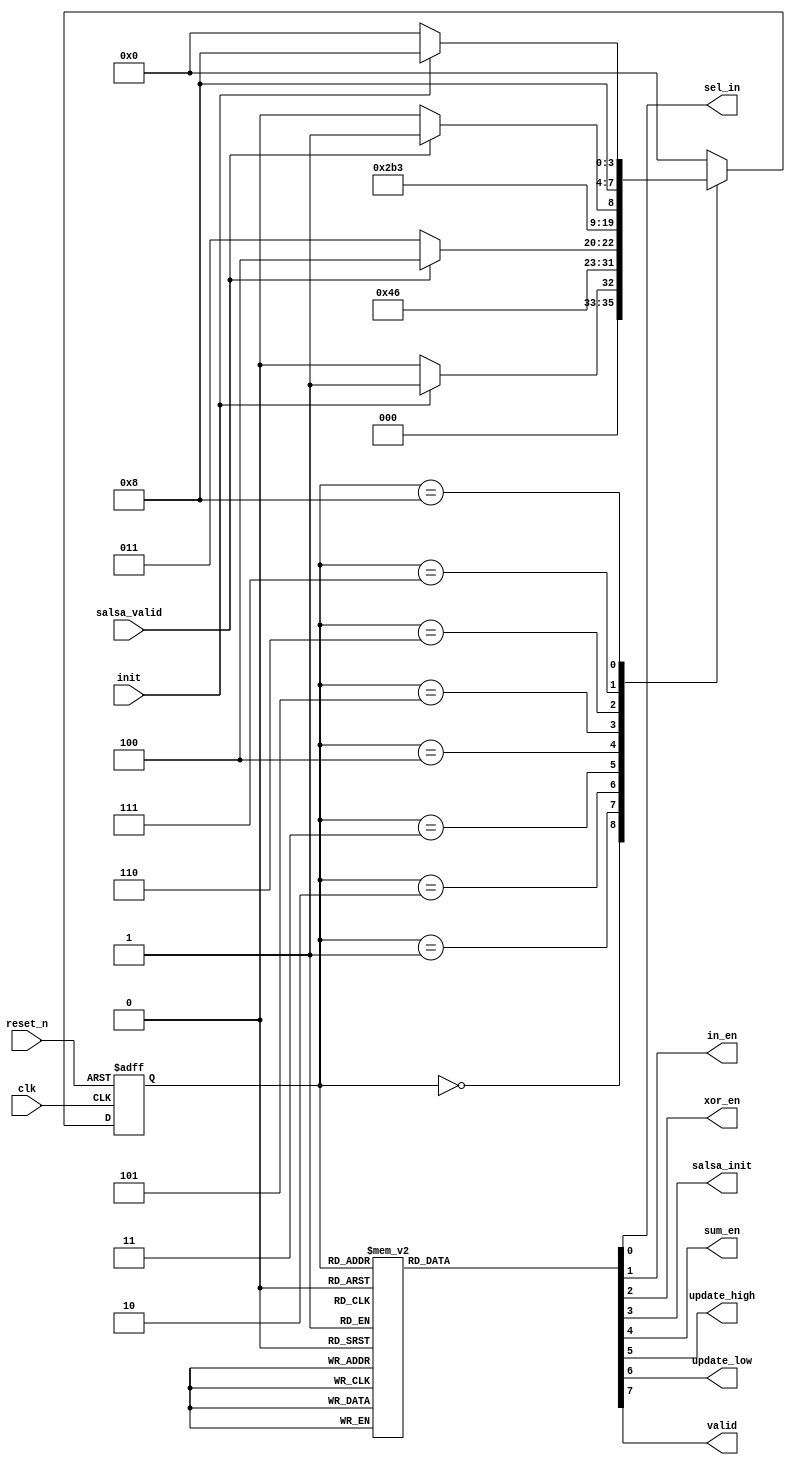
// Blockmix Controller
module blockmix_ct (
		input 	wire	clk			,	// clock signal
		input	wire	init		,   // start signal
		input	wire	reset_n		,   // reset negative signal
		input	wire	salsa_valid	, 	// salsa have output
		output 	wire	sel_in		, 	// select input for salsa 20/8 block
		output 	wire	in_en		, 	// allow to save input data
		output 	wire	xor_en		, 	// allow to calculate xor for the first loop
		output 	wire	salsa_init	, 	// allow running salsa 20/8 block block
		output 	wire	sum_en		, 	// allow to calculate sum for the first loop
		output	wire	update_high	, 	// allow to update high-bit output
		output	wire	update_low	, 	// allow to update low-bit output
		output 	wire	valid		 	// block mix have result
);

// Parameters encoded state

	parameter S0_IDLE 		= 	4'd0;
	parameter S1_GET_IN 	= 	4'd1;
	parameter S2_XOR_0 		= 	4'd2;
	parameter S3_SALSA_0 	= 	4'd3;
	parameter S4_SUM_0 		= 	4'd4;
	parameter S5_XOR_1 		= 	4'd5;
	parameter S6_SALSA_1 	= 	4'd6;
	parameter S7_SUM_1 		= 	4'd7;
	parameter S8_DONE 		= 	4'd8;

// Registers, wires, and assignment for current states management

// Registers
	reg		[3:0]	blockmix_state_reg;
	
// Wires
	wire 	[3:0]	blockmix_state_wire;

// Assignments

	assign 	blockmix_state_wire = blockmix_state_reg;
	
// Registers and wires for next states management

// Registers
	reg		[3:0]	blockmix_next_state_reg;
	
// Wires
	wire 	[3:0]	blockmix_next_state_wire;

// Assignment

	assign 	blockmix_next_state_wire = blockmix_next_state_reg;
	
// Registers and assignments for control signals

// Registers
	reg				sel_in_reg		;
	reg				in_en_reg		;
	reg				xor_en_reg		;
	reg				salsa_init_reg	;
	reg				sum_en_reg		;
	reg				update_high_reg	;
	reg				update_low_reg	;
	reg				valid_reg		;
	
// Assignments

	assign sel_in		= 	sel_in_reg		;
	assign in_en 		= 	in_en_reg		;
	assign xor_en 		= 	xor_en_reg		;
	assign salsa_init 	= 	salsa_init_reg	;
	assign sum_en 		= 	sum_en_reg		;
	assign update_high	=	update_high_reg	;
	assign update_low	=	update_low_reg	;
	assign valid	 	= 	valid_reg		;
	
// Always block for fsms
//flipflop update state
	always @(posedge clk or negedge reset_n)begin: update_state
		if(reset_n == 1'b0) begin
			blockmix_state_reg <= S0_IDLE;
		end
		else begin
			blockmix_state_reg <= blockmix_next_state_wire;
		end
	end
//state change condition
	always @(blockmix_state_wire or init or salsa_valid) begin: update_next_state
		case (blockmix_state_wire)
			S0_IDLE: begin
				if(init == 1'b1) begin
					blockmix_next_state_reg = S1_GET_IN;
				end
				else begin
					blockmix_next_state_reg = S0_IDLE;
				end
			end
			S1_GET_IN: begin
				blockmix_next_state_reg = S2_XOR_0;
			end
			S2_XOR_0: begin
				blockmix_next_state_reg = S3_SALSA_0;
			end
			S3_SALSA_0: begin
				if(salsa_valid == 1'b1) begin
					blockmix_next_state_reg = S4_SUM_0;
				end
				else begin
					blockmix_next_state_reg = S3_SALSA_0;
				end
			end
			S4_SUM_0: begin
				blockmix_next_state_reg = S5_XOR_1;
			end
			S5_XOR_1: begin
				blockmix_next_state_reg = S6_SALSA_1;
			end
			S6_SALSA_1: begin
				if(salsa_valid == 1'b1) begin
					blockmix_next_state_reg = S7_SUM_1;
				end
				else begin
					blockmix_next_state_reg = S6_SALSA_1;
				end
			end
			S7_SUM_1: begin
				blockmix_next_state_reg = S8_DONE;
			end
			S8_DONE: begin
				if(init == 1'b0) begin
					blockmix_next_state_reg = S0_IDLE;
				end
				else begin
					blockmix_next_state_reg = S8_DONE;
				end
			end
			default: begin
				blockmix_next_state_reg = S0_IDLE;
			end
		endcase
	end
	
	always @(blockmix_state_wire) begin : output_state
		case (blockmix_state_wire)
			S0_IDLE: begin
				sel_in_reg 		= 		1'b0;
				in_en_reg 		= 		1'b0;
				xor_en_reg 		= 		1'b0;
				salsa_init_reg 	= 		1'b0;
				sum_en_reg 		= 		1'b0;
				update_high_reg	=		1'b0;
				update_low_reg	=		1'b0;
				valid_reg 		= 		1'b0;
			end
			S1_GET_IN: begin
				sel_in_reg 		= 		1'b0;
				in_en_reg 		= 		1'b1;
				xor_en_reg 		= 		1'b0;
				salsa_init_reg 	= 		1'b0;
				sum_en_reg 		= 		1'b0;
				update_high_reg	=		1'b0;
				update_low_reg	=		1'b0;
				valid_reg 		= 		1'b0;
			end
			S2_XOR_0: begin
				sel_in_reg 		= 		1'b0;
				in_en_reg 		= 		1'b0;
				xor_en_reg 		= 		1'b1;
				salsa_init_reg 	= 		1'b0;
				sum_en_reg 		= 		1'b0;
				update_high_reg	=		1'b0;
				update_low_reg	=		1'b0;
				valid_reg 		= 		1'b0;
			end
			S3_SALSA_0: begin
				sel_in_reg 		= 		1'b0;
				in_en_reg 		= 		1'b0;
				xor_en_reg 		= 		1'b0;
				salsa_init_reg 	= 		1'b1;
				sum_en_reg 		= 		1'b0;
				update_high_reg	=		1'b0;
				update_low_reg	=		1'b0;
				valid_reg 		= 		1'b0;
			end
			S4_SUM_0: begin
				sel_in_reg 		= 		1'b0;
				in_en_reg 		= 		1'b0;
				xor_en_reg 		= 		1'b0;
				salsa_init_reg 	= 		1'b0;
				sum_en_reg 		= 		1'b1;
				update_high_reg	=		1'b0;
				update_low_reg	=		1'b0;
				valid_reg 		= 		1'b0;
			end
			S5_XOR_1: begin
				sel_in_reg 		= 		1'b1;
				in_en_reg 		= 		1'b0;
				xor_en_reg 		= 		1'b1;
				salsa_init_reg 	= 		1'b0;
				sum_en_reg 		= 		1'b0;
				update_high_reg	=		1'b1;
				update_low_reg	=		1'b0;
				valid_reg 		= 		1'b0;
			end
			S6_SALSA_1: begin
				sel_in_reg 		= 		1'b1;
				in_en_reg 		= 		1'b0;
				xor_en_reg 		= 		1'b0;
				salsa_init_reg 	= 		1'b1;
				sum_en_reg 		= 		1'b0;
				update_high_reg	=		1'b0;
				update_low_reg	=		1'b0;
				valid_reg 		= 		1'b0;				
			end
			S7_SUM_1: begin
				sel_in_reg 		= 		1'b0;
				in_en_reg 		= 		1'b0;
				xor_en_reg 		= 		1'b0;
				salsa_init_reg 	= 		1'b0;
				sum_en_reg 		= 		1'b1;
				update_high_reg	=		1'b0;
				update_low_reg	=		1'b0;
				valid_reg 		= 		1'b0;	
			end
			S8_DONE: begin
				sel_in_reg 		= 		1'b0;
				in_en_reg 		= 		1'b0;
				xor_en_reg 		= 		1'b0;
				salsa_init_reg 	= 		1'b0;
				sum_en_reg 		= 		1'b0;
				update_high_reg	=		1'b0;
				update_low_reg	=		1'b1;
				valid_reg 		= 		1'b1;		
			end
			default: begin
				sel_in_reg 		= 		1'b0;
				in_en_reg 		= 		1'b0;
				xor_en_reg 		= 		1'b0;
				salsa_init_reg 	= 		1'b0;
				sum_en_reg 		= 		1'b0;
				update_high_reg	=		1'b0;
				update_low_reg	=		1'b0;
				valid_reg 		= 		1'b0;				
			end
		endcase
	end
endmodule